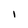
Character: i